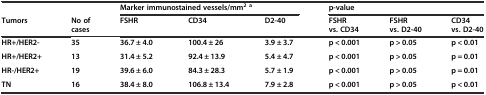
<table><thead><tr><td></td><td></td><td colspan="3"><b>Marker immunostained vessels/mm<sup>2 a</sup></b></td><td colspan="3"><b>p-value</b></td></tr><tr><td><b>Tumors</b></td><td><b>No of cases</b></td><td><b>FSHR</b></td><td><b>CD34</b></td><td><b>D2-40</b></td><td><b>FSHR vs. CD34</b></td><td><b>FSHR vs. D2-40</b></td><td><b>CD34 vs. D2-40</b></td></tr></thead><tbody><tr><td><b>HR+/HER2-</b></td><td><b>35</b></td><td><b>36.7 ± 4.0</b></td><td><b>100.4 ± 26</b></td><td><b>3.9 ± 3.7</b></td><td><b>p &lt; 0.001</b></td><td><b>p &gt; 0.05</b></td><td><b>p &lt; 0.01</b></td></tr><tr><td><b>HR+/HER2+</b></td><td><b>13</b></td><td><b>31.4 ± 5.2</b></td><td><b>92.4 ± 13.9</b></td><td><b>5.4 ± 4.7</b></td><td><b>p &lt; 0.001</b></td><td><b>p &gt; 0.05</b></td><td><b>p = 0.01</b></td></tr><tr><td><b>HR-/HER2+</b></td><td><b>19</b></td><td><b>39.6 ± 6.0</b></td><td><b>84.3 ± 28.3</b></td><td><b>5.7 ± 1.9</b></td><td><b>p &lt; 0.001</b></td><td><b>p &gt; 0.05</b></td><td><b>p = 0.01</b></td></tr><tr><td><b>TN</b></td><td><b>16</b></td><td><b>38.4 ± 8.0</b></td><td><b>106.8 ± 13.4</b></td><td><b>7.9 ± 2.8</b></td><td><b>p &lt; 0.001</b></td><td><b>p &gt; 0.05</b></td><td><b>p &lt; 0.01</b></td></tr></tbody></table>